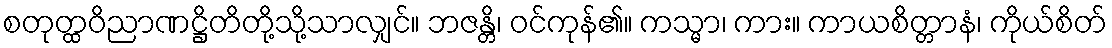
စတုတ္ထဝိညာဏဋ္ဌိတိတို့သို့သာလျှင်။ ဘဇန္တိ၊ ဝင်ကုန်၏။ ကသ္မာ၊ ကား။ ကာယစိတ္တာနံ၊ ကိုယ်စိတ်